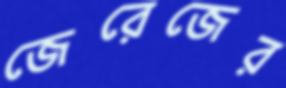
জেরেজের